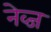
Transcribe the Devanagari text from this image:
नेव्ज